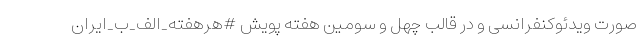
صورت ویدئوکنفرانسی و در قالب چهل و سومین هفته پویش #هرهفته_الف_ب_ایران